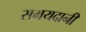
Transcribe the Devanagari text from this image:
समयदानी